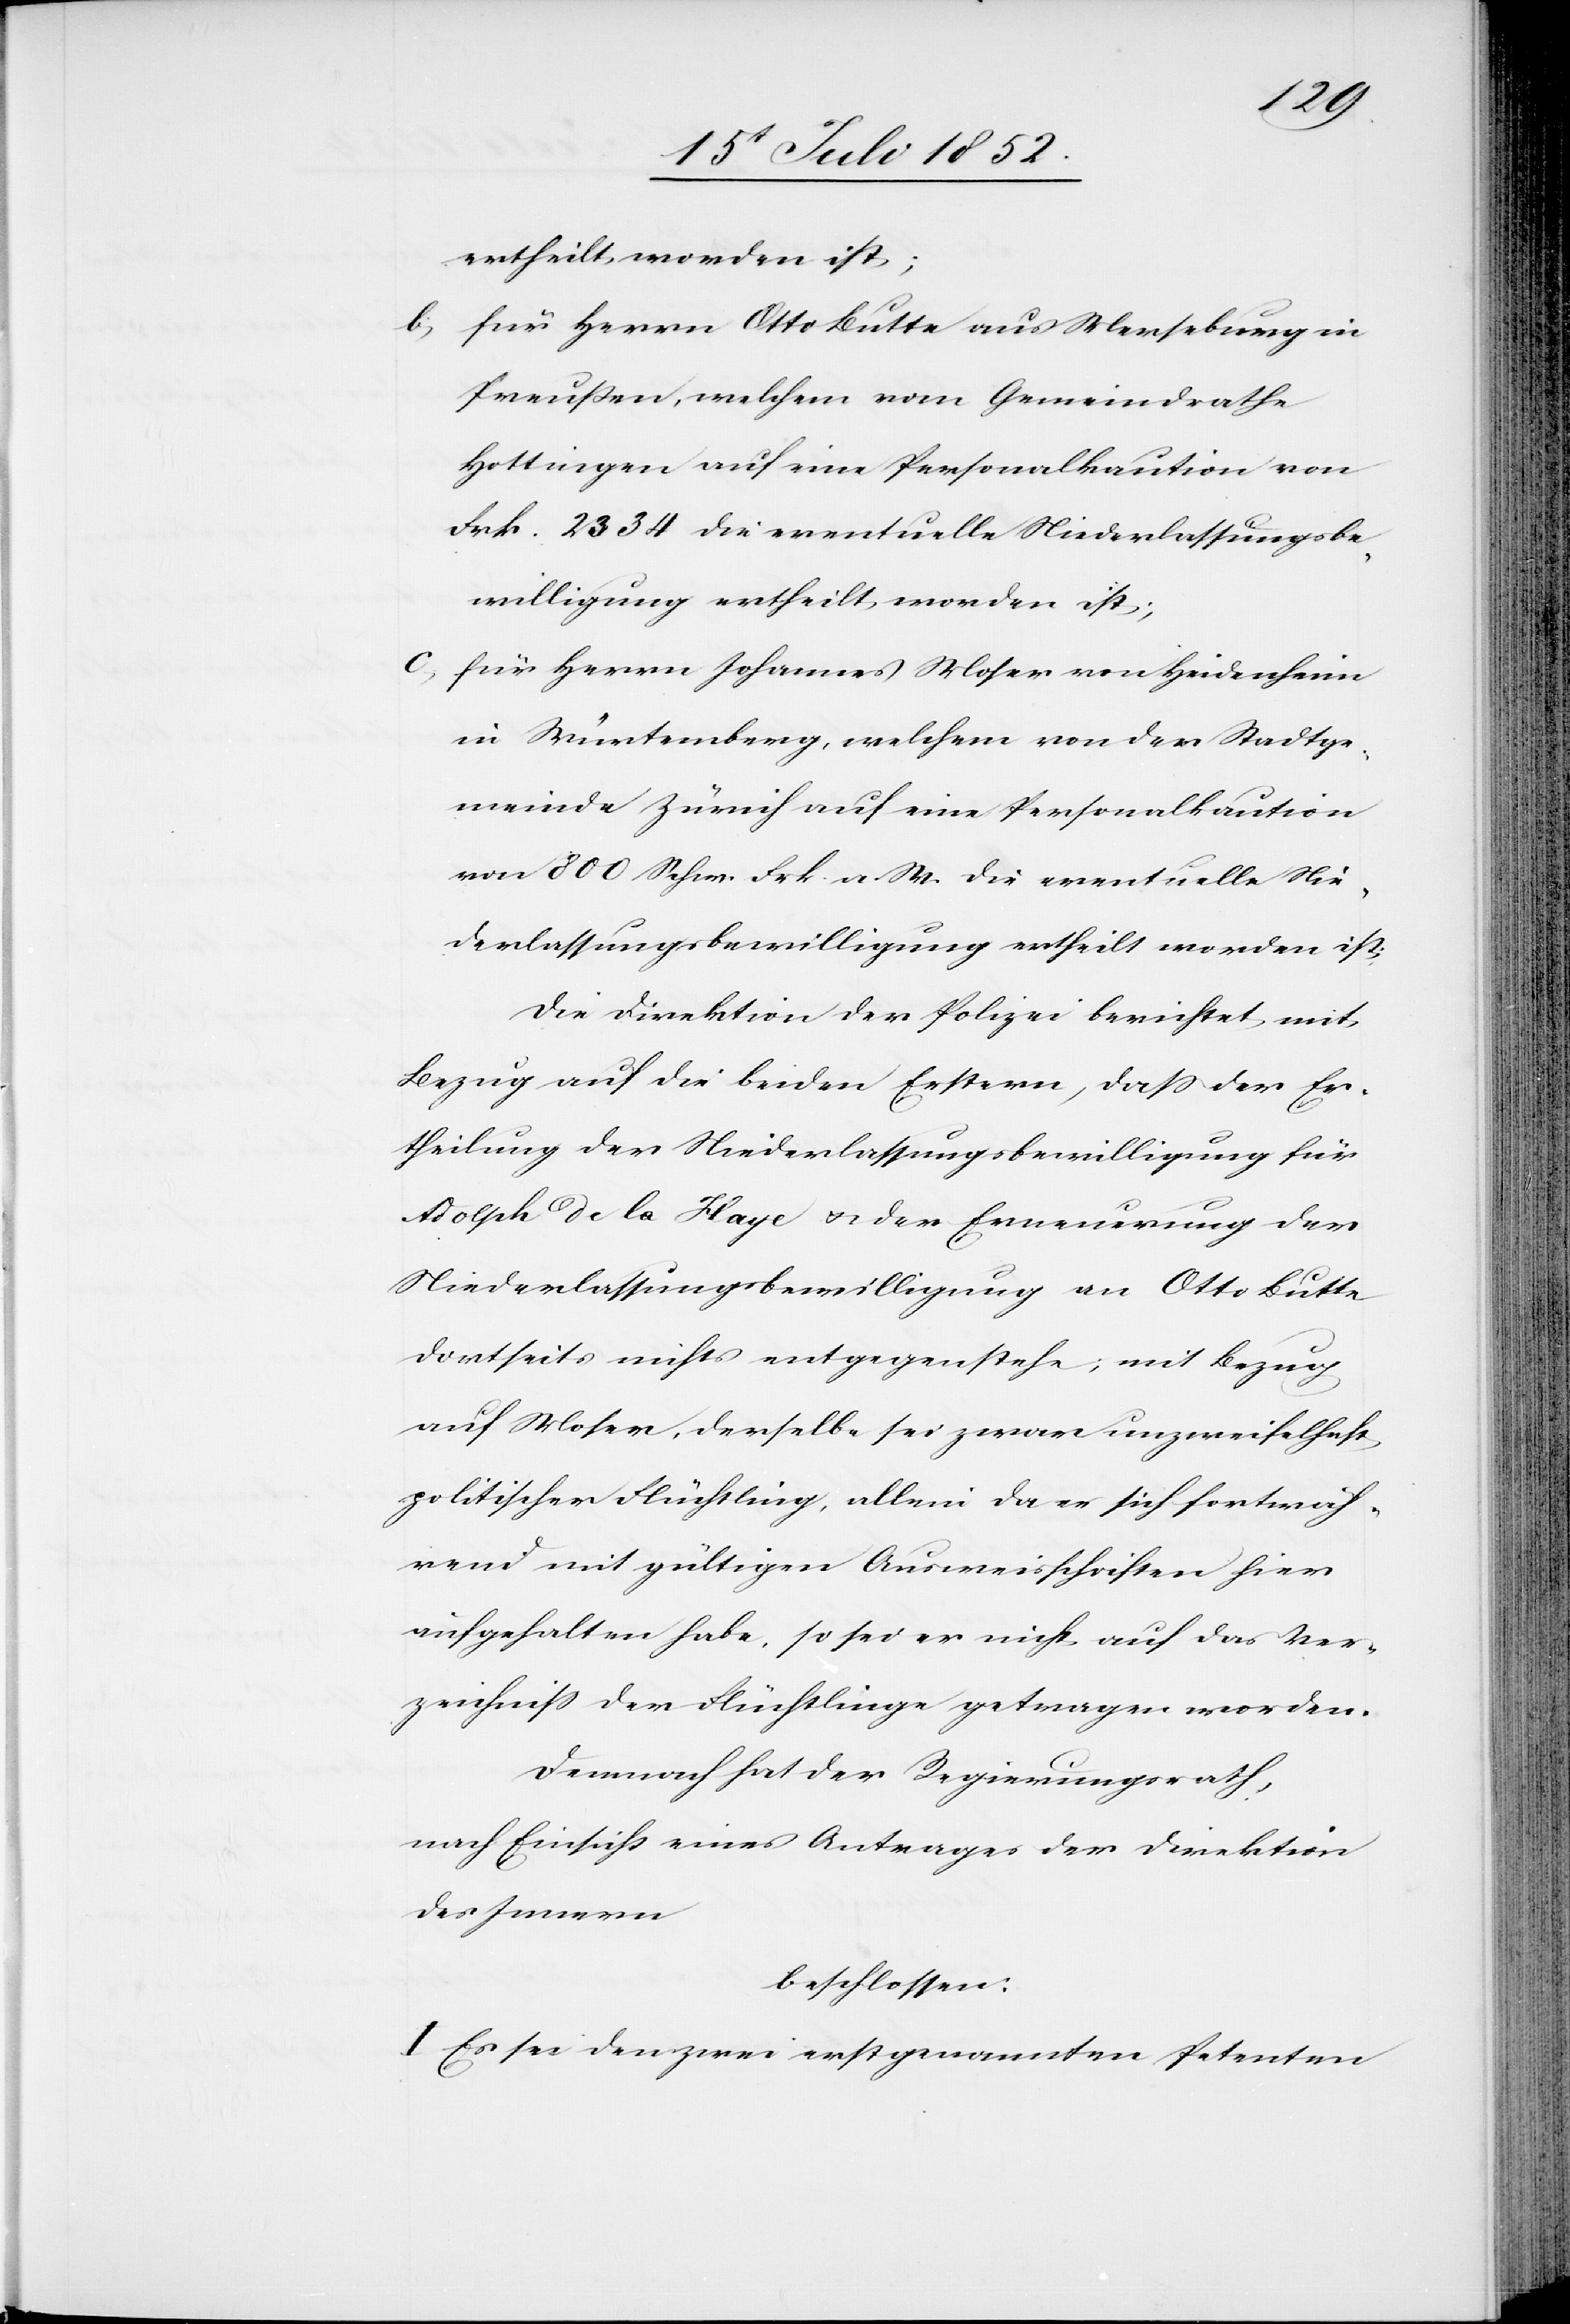
ertheilt worden ist;
für Herrn Otto Butte aus Merseburg in
Preußen, welchem vom Gemeindrathe
Hottingen auf eine Personalkaution von
Frk. 2334 die eventuelle Niederlassungsbe¬
willigung ertheilt worden ist;
für Herrn Johannes Moser von Heidenheim
in Würtemberg, welchem von der Stadtge¬
meinde Zürich auf eine Personalkaution
von 800 Schw. Frk. a. W. die eventuelle Nie¬
derlassungsbewilligung ertheilt worden ist;
Die Direktion der Polizei berichtet mit
Bezug auf die beiden Erstern, dass der Er¬
theilung der Niederlassungsbewilligung für
Adolph de la Haye & der Erneuerung der
Niederlassungsbewilligung an Otto Butte
dortseits nichts entgegenstehe; mit Bezug
auf Moser, derselbe sei zwar unzweifelhaft
politischer Flüchtling, allein da er sich fortwäh¬
rend mit gültigen Ausweisschriften hier
aufgehalten habe, so sei er nicht auf das Ver¬
zeichniss der Flüchtlinge getragen worden.
Demnach hat der Regierungsrath,
nach Einsicht eines Antrages der Direktion
des Innern
beschlossen:
I Es sei den zwei erstgenannten Petenten